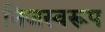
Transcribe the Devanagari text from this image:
निजस्वरूप